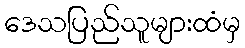
ဒေသပြည်သူများထံမှ